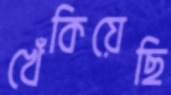
খেঁকিয়েছি